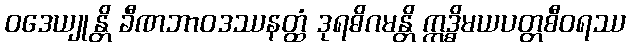
ဝဒေယျုန္တိ ခီဏဘာဝဒဿနတ္ထံ ဒုရဓိဂမန္တိ ဣဒ္ဓိမယပတ္တစီဝရဿ